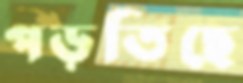
পড়তিছে